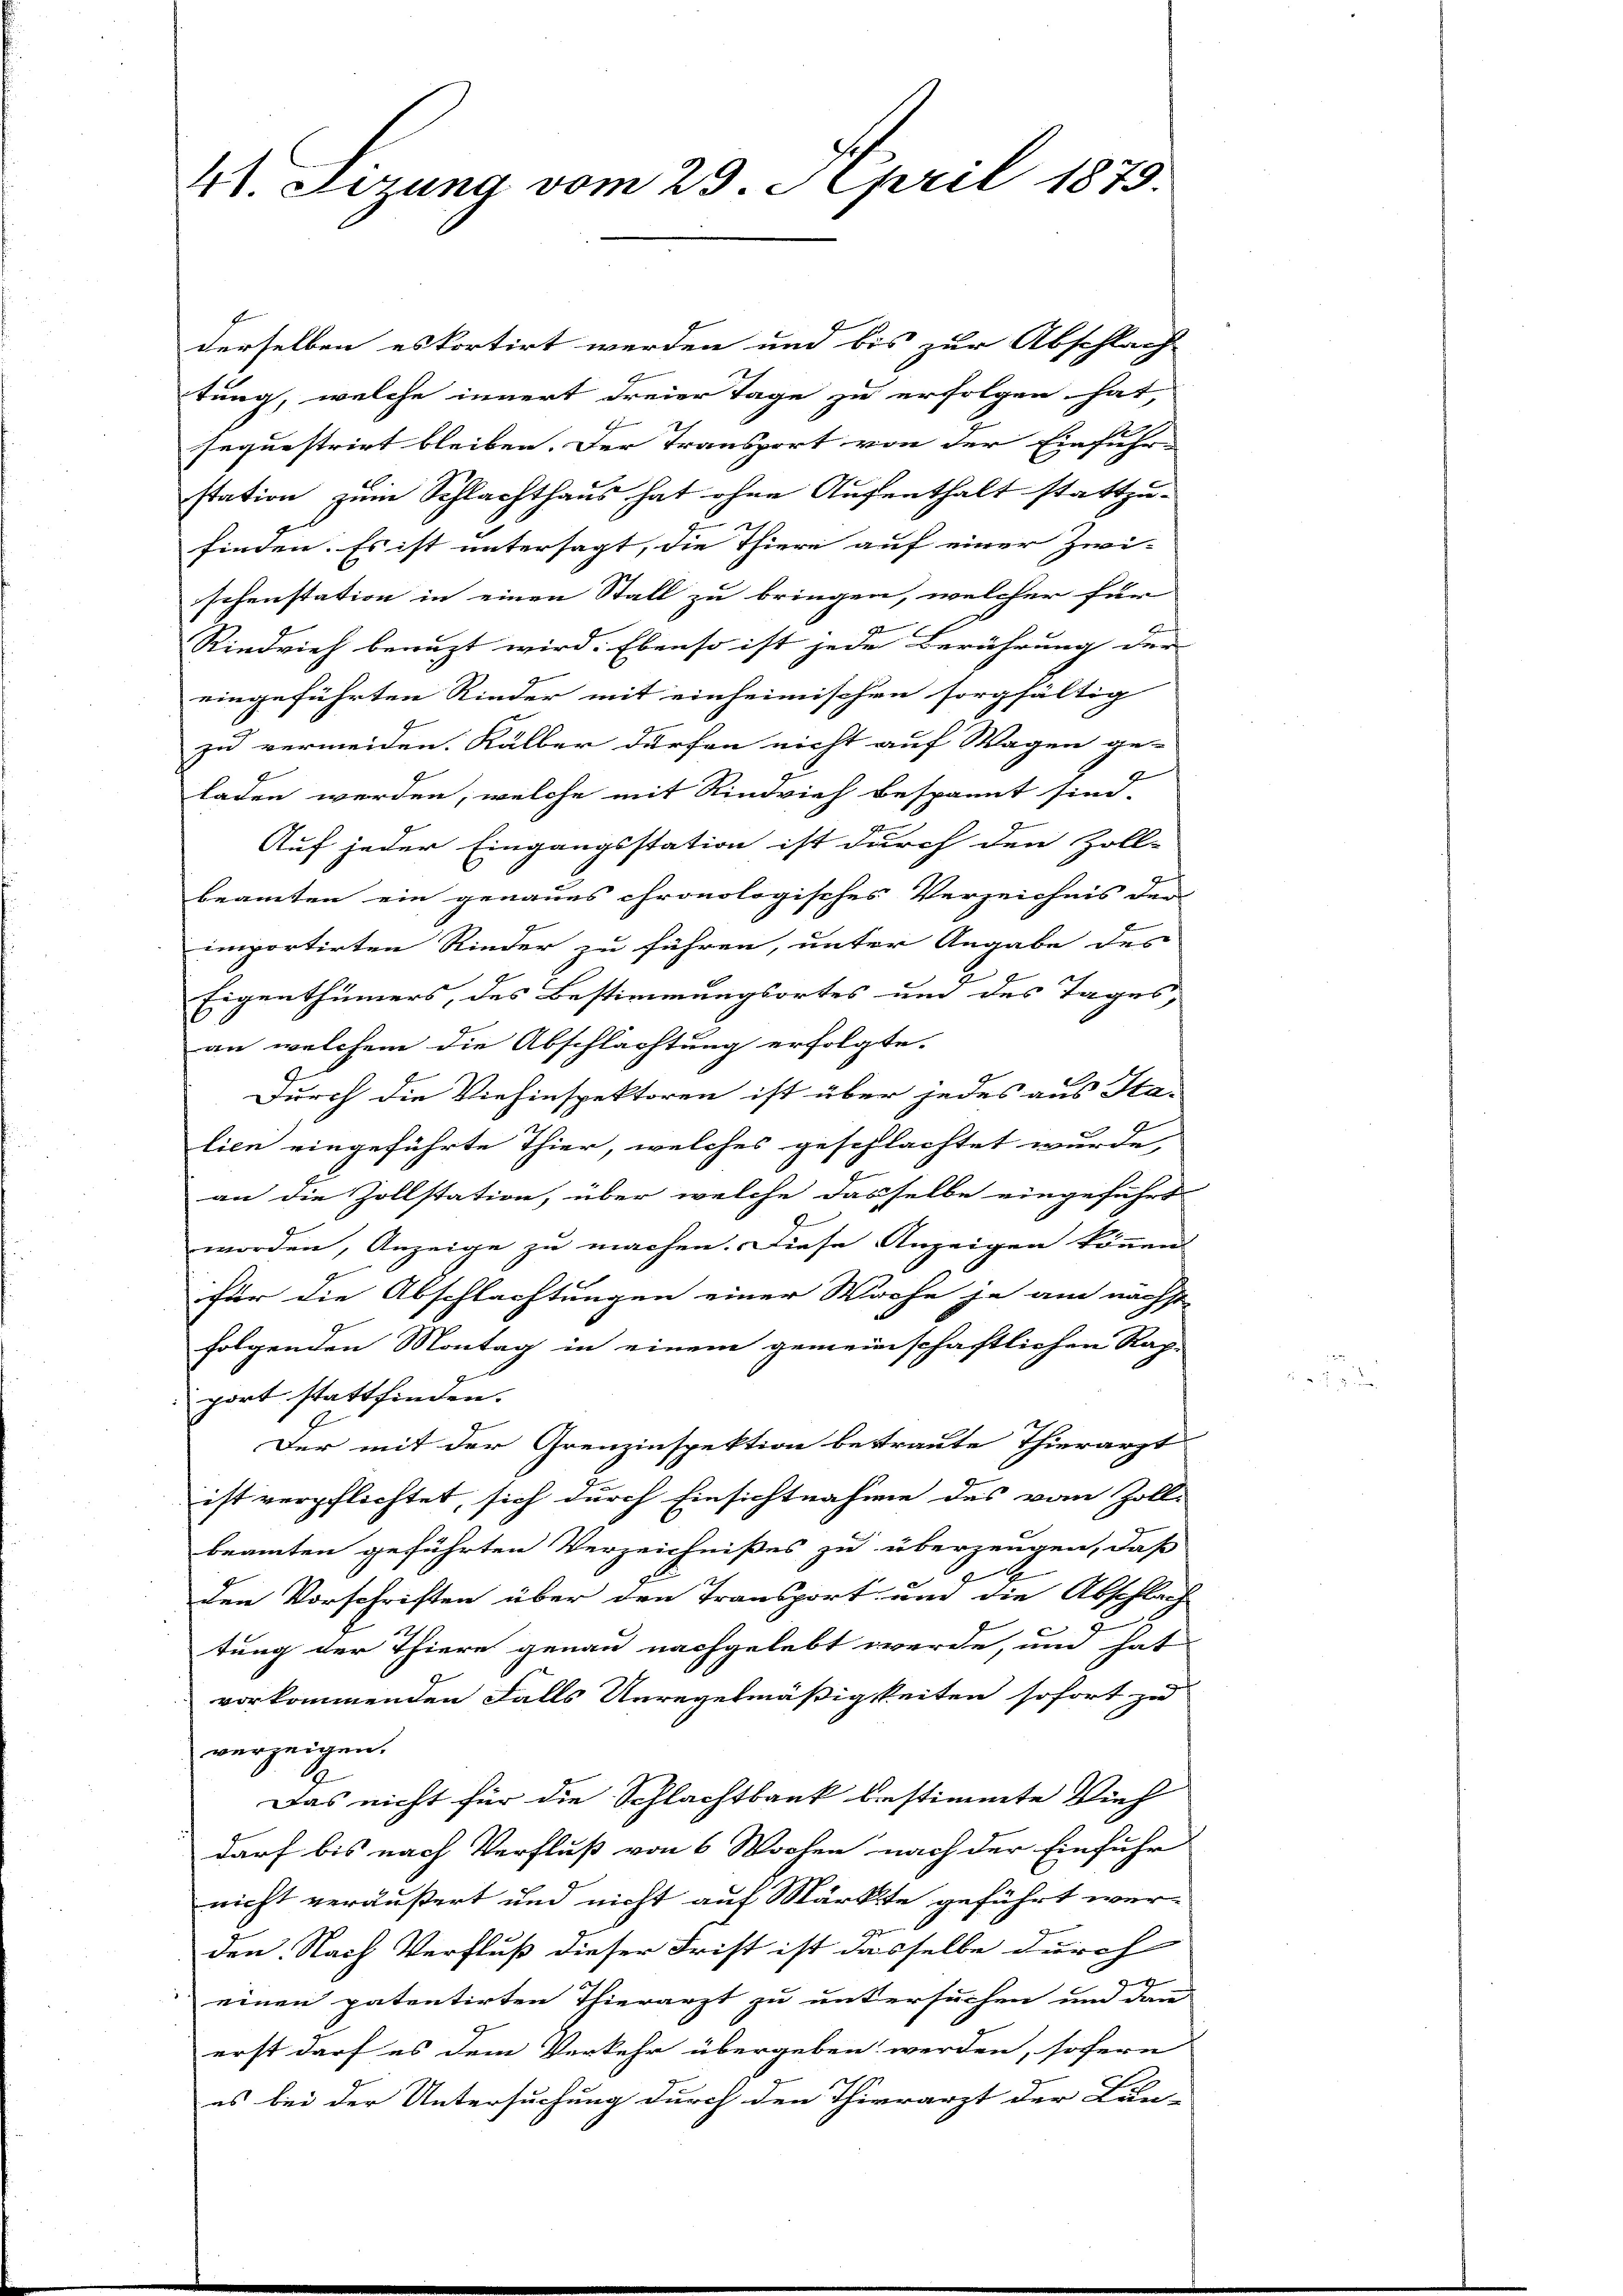
41. Lizana vom 23. April 1873.

derselben es kortirt werden und bis zur Abschlag
tung, welche innert dreier Tage zu erfolgen hat,
sequestrirt bleiben. Der Transport von der Einfuhr- |
station zum Schlachthaus hat ohne Aufenthalt stattzu¬
2
finden. Es ist untersagt, die Thiere auf einer Zwischenstation in einen Stall zu bringen, welcher für
Rindvieh benuzt wird. Ebenso ist jede Berührung der
eingeführten Rieder mit einheimischen sorgfältig
zu vermeiden. Kälber dürfen nicht auf Wagen ge-
s
laden werden, welche mit Rindvieh bespannt sind.
Auf jeder Eingangsstation ist durch den Zoll-
u
beamten ein genaues chronologisches Verzeichnis der
importirten Rieder zu führen, unter Angabe des
Eigenthümers, des Bestimmungsortes um des Tages,
an welchem die Abschlachtung erfolgte.
Durch die Viehinspektoren ist über jedes aus Sta-
lien eingeführte Thier, welches geschlachtet wurde,
an die Zollstation, über welche dasselbe eingeführt
worden, Anzeige zu machen. Diese Anzeigen können
für die Abschlachtungen einer Woche je am nächst
folgenden Montag in einem gemeinschaftlichen Rap-
port stattfinden.
Der mit der Grenzinspektion betraute Thierarzt
ist verpflichtet, sich durch Einsichtnahme des vom Zoll-
beamten geführten Verzeichnißes zu überzeugen, daß
2
2
den Vorschriften über den Transport um die Abschlag
tung der Thiere genau nachgelebt werde, und hat
vorkommenden Falls Unregelmäßigkeiten sofort zu
verzeigen.
g
Das nicht für die Schlachtbank bestimmte Vieh
darf bis nach Verfluß von 6 Wochen nach der Einfuhr
nicht veräußert und nicht auf Märkte geführt wer-
den. Nach Verfluß dieser Frist ist dasselbe durch
1
einen patentirten Thierarzt zu untersuchen und dann
erst darf es dem Verkehr übergeben werden, sofern
es bei der Untersuchung durch den Thierarzt der Lun-